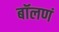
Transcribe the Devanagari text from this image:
बॉलणं